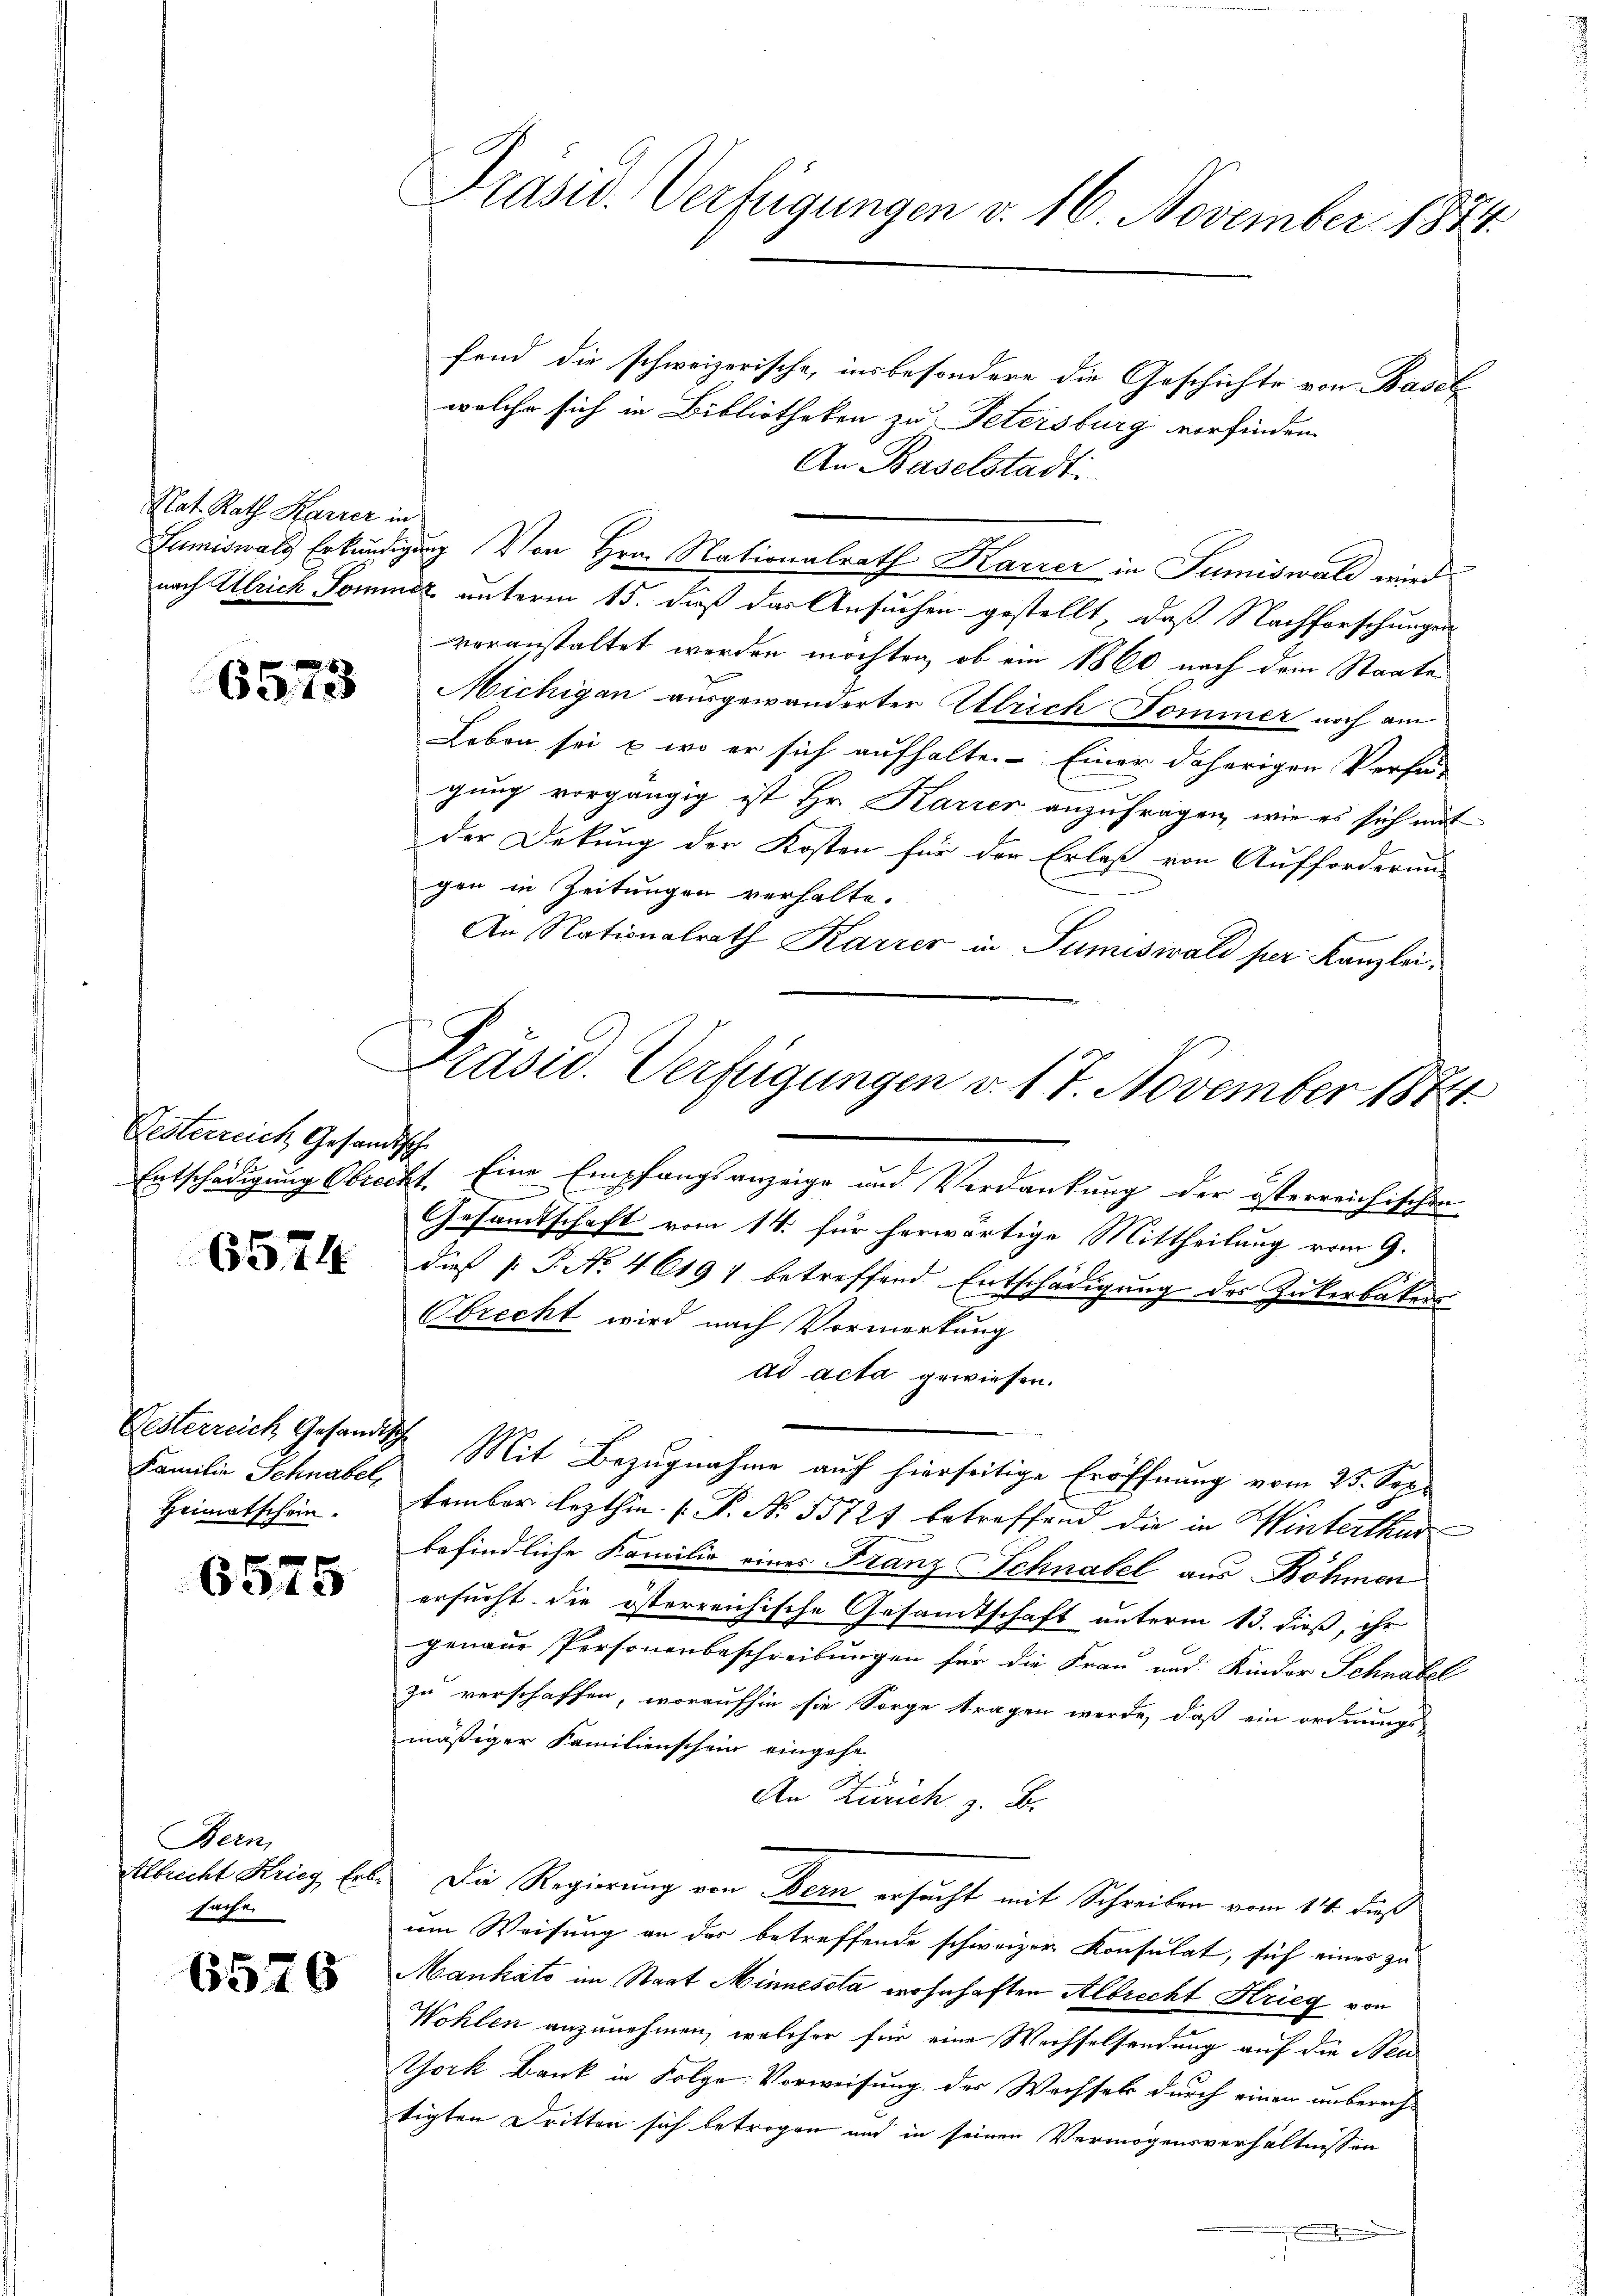
Nat. Rath Harrer in

6573

Gesterreich Gesandtische

6574

Familie Schnabel,
Heimatschein.

6575

Bern,
Albrecht Krieg Erb
sache

6576

Prasur. Verfügungen v. 16. November 1874.

Präsid. Verfügungen v. 17. November 1874

fend die schweizerische, insbesondere die Geschichte von Basel
welche sich in Bibliotheken zu Petersburg vorfinden.
An Baselstadti
Sumiswald Erkundigung Von Hrn. Nationalrath Karrer in Sumiswald wird
nach Ulrich Sommer unterm 15. daß das Ansuchen gestellt, daß Nachforschungen
voranstaltet werden möchten, ob ein 1860 nach dem Staate
Michigan ausgewanderter Ulrich Dominer noch am
Leben sei u. wo er sich aufhalte. Einer daherigen Verfü-
gung vorgängig ist Hr. Karier anzufragen, wie es sich mit
der Dekung der Kosten für der Erlaß von Aufforderung
gen in Zeitungen verhalte.
An Nationalrath Karrer in Sumiswald per Kanzlei,
Entschädigung Obrecht. Eine Empfangsanzeige und Verdankung der österreichischen
Gesandtschaft vom 14. für herwärtige Mittheilung vom 9.
dieß P. Nr. 46197 betreffend Entschädigung des Zukerbaten
Obrecht wird nach Vormerkung
ad acta gewiesen.
Oesterreich Gesandtsch Mit Bezugnahme auf hierseitige Eröffnung vom 25. Sep
tember lezthin (P. Nr. 55727 betreffend die in Winterthur
befindliche Familie eines Franz Schnabel aus Böhmen
ersucht die österreichische Gesamtschaft unterm 13. dieß, ihr
genaue Personenbeschreibungen für die Frau und Kinder Schnabel
zu verschaffen, woraufhin sie Sorge tragen werde, daß ein ordnungs
mäßiger Familienschein eingehe
An Zürich z. B.
I Die Regierung von Bern ersucht mit Schreiben vom 14. dieß
um Weisung an der betreffende schweizer Konsulat, sich eines zu
Mankato im Staat Minnesota wohnhaften Albrecht Krieg von
Wohlen anzunehmen, welcher für eine Wechselsendung auf die Neu
York Bank in Folge Vorweisung der Wechsels durch einen unbereichtigten Dritten sich betrogen und in seinen Vermögensverhältnissen